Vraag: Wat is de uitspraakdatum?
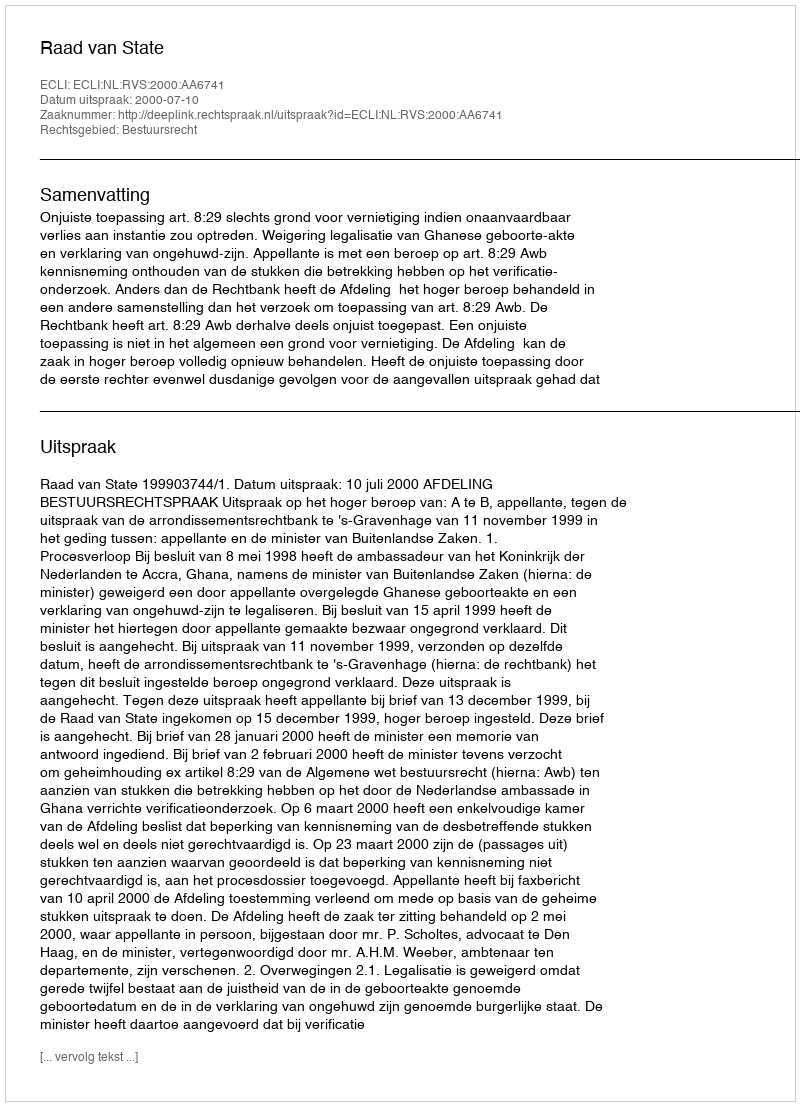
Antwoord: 2000-07-10